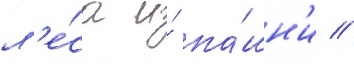
л'е́са и́ па́шн'и //